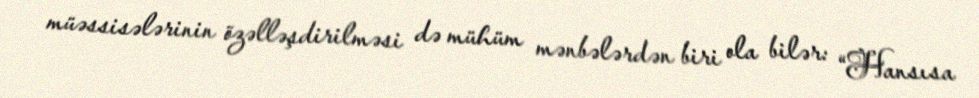
müəssisələrinin özəlləşdirilməsi də mühüm mənbələrdən biri ola bilər: “Hansısa